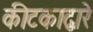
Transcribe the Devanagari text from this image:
कीटकाद्वारे